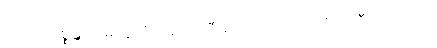
ဝိဟာရပစ္စန္တံ သမာနသံဝါသကသီမာဝ ဝိဟေဌေယျုံ အဝီတရာဂါတိ